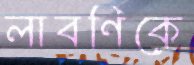
লাবণিকে